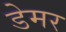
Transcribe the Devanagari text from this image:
डेमर